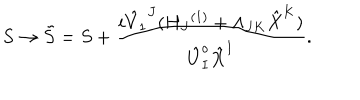
S \rightarrow { \tilde { S } } = S + \frac { i { { \hat { V } } _ { 1 } } ^ { J } ( { H _ { J } } ^ { ( 1 ) } + \Lambda _ { J K } { \hat { X } } ^ { K } ) } { { \hat { U } } _ { I } ^ { o } { \hat { X } } ^ { I } } .